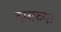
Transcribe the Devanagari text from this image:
दासच्या